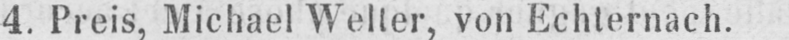
4. Preis, Michael Welter, von Echternach.